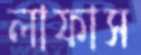
লাফাস